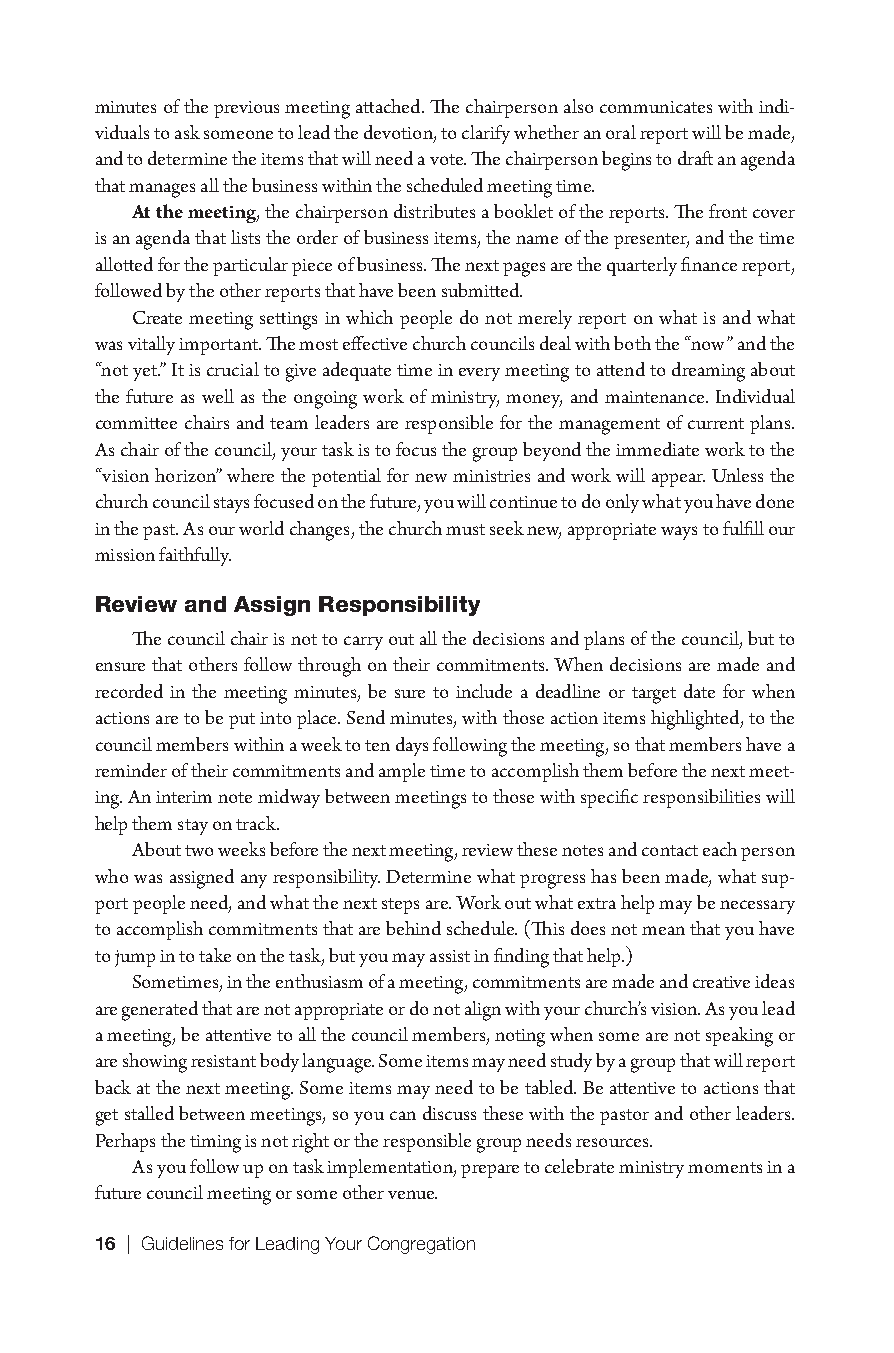
minutes of the previous meeting attached. The chairperson also communicates with indi-
 viduals to ask someone to lead the devotion, to clarify whether an oral report will be made,
 and to determine the items that will need a vote. The chairperson begins to draft an agenda
 that manages all the business within the scheduled meeting time.
 At the meeting, the chairperson distributes a booklet of the reports. The front cover
 is an agenda that lists the order of business items, the name of the presenter, and the time
 allotted for the particular piece of business. The next pages are the quarterly finance report,
 followed by the other reports that have been submitted.
 Create meeting settings in which people do not merely report on what is and what
 was vitally important. The most effective church councils deal with both the “now” and the
 “not yet.” It is crucial to give adequate time in every meeting to attend to dreaming about
 the future as well as the ongoing work of ministry, money, and maintenance. Individual
 committee chairs and team leaders are responsible for the management of current plans.
 As chair of the council, your task is to focus the group beyond the immediate work to the
 “vision horizon” where the potential for new ministries and work will appear. Unless the
 church council stays focused on the future, you will continue to do only what you have done
 in the past. As our world changes, the church must seek new, appropriate ways to fulfill our
 mission faithfully.
 Review and Assign Responsibility
 The council chair is not to carry out all the decisions and plans of the council, but to
 ensure that others follow through on their commitments. When decisions are made and
 recorded in the meeting minutes, be sure to include a deadline or target date for when
 actions are to be put into place. Send minutes, with those action items highlighted, to the
 council members within a week to ten days following the meeting, so that members have a
 reminder of their commitments and ample time to accomplish them before the next meet-
 ing. An interim note midway between meetings to those with specific responsibilities will
 help them stay on track.
 About two weeks before the next meeting, review these notes and contact each person
 who was assigned any responsibility. Determine what progress has been made, what sup-
 port people need, and what the next steps are. Work out what extra help may be necessary
 to accomplish commitments that are behind schedule. (This does not mean that you have
 to jump in to take on the task, but you may assist in finding that help.)
 Sometimes, in the enthusiasm of a meeting, commitments are made and creative ideas
 are generated that are not appropriate or do not align with your church’s vision. As you lead
 a meeting, be attentive to all the council members, noting when some are not speaking or
 are showing resistant body language. Some items may need study by a group that will report
 back at the next meeting. Some items may need to be tabled. Be attentive to actions that
 get stalled between meetings, so you can discuss these with the pastor and other leaders.
 Perhaps the timing is not right or the responsible group needs resources.
 As you follow up on task implementation, prepare to celebrate ministry moments in a
 future council meeting or some other venue.
 16 | Guidelines for Leading Your Congregation
 9781501830303_INT_layout.indd 16                    8/8/16 9:37 AM